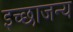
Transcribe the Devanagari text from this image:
इच्छाजन्य